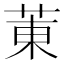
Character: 菄